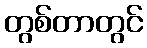
တွစ်တာတွင်